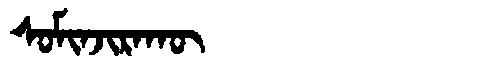
Manchu: ᠰᠣᠮᡳᠨᠵᡳᡵᠠᡴᡡ
Romanization: SOMINJIRAKŪ